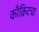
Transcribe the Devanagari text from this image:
काँक्रिटचा